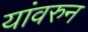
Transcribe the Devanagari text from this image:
यांवरुन